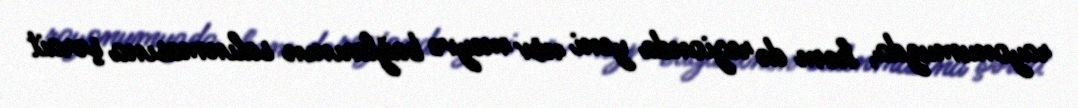
rayonumuzda, həm də regionda yeni növ meyvə bağlarının salınmasına şərait